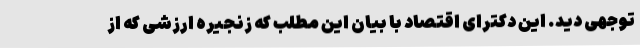
توجهی دید. این دکترای اقتصاد با بیان این مطلب که زنجیره ارزشی که از